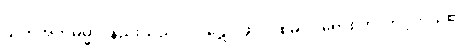
သုတ်အဘိဓမ္မာဝိနည်းသည်။ ဝိဝဋော၊ ဖွင့်လှစ်မှ။ ဝိရောစတိ၊ တင့်တယ်၏။